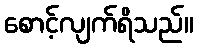
စောင့်လျက်ရိသည်။